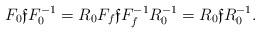
LaTeX: \begin{align*}F_0\mathfrak{f} F^{-1}_0 = R_0 F_f \mathfrak{f} F^{-1}_f R^{-1}_0=R_0 \mathfrak{f} R^{-1}_0.\end{align*}